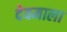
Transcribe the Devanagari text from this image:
देवमाला